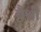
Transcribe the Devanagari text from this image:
वैश्वी